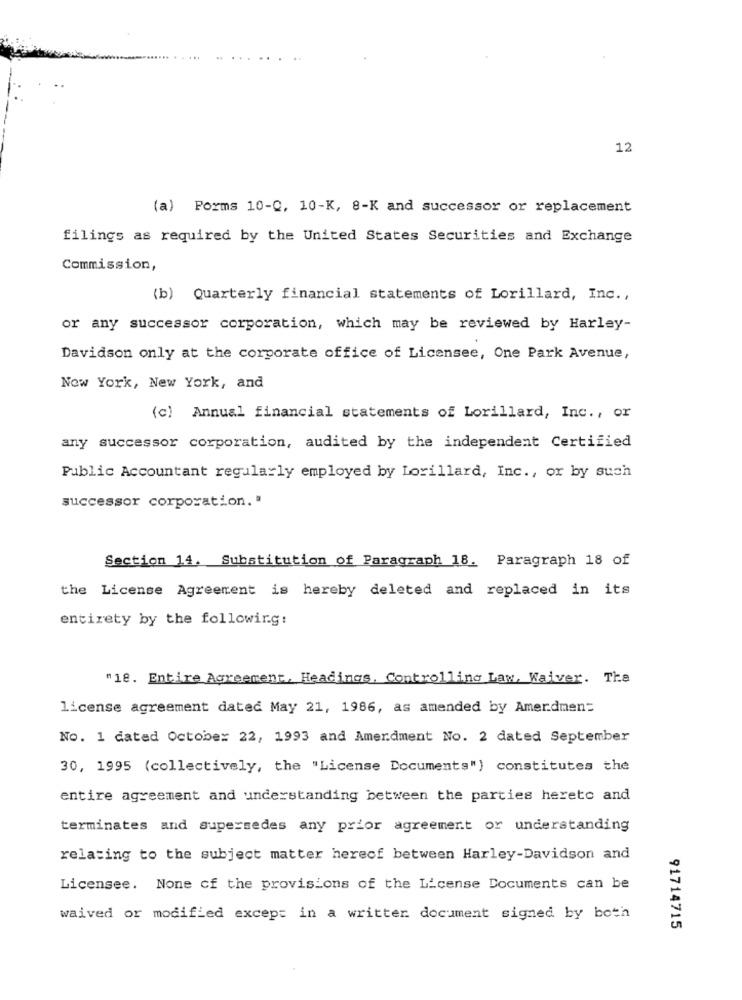
12
(a) Forms 10-0, 10-K, 8-K and successor or replacement
filings as required by the United States Securities and Exchange
Commission,
(b) Quarterly financial statements of Lorillard, Inc .,
or any successor corporation, which may be reviewed by Harley-
Davidson only at the corporate office of Licensee, One Park Avenue,
New York, New York, and
(c) Annual financial statements of Lorillard, Inc ., or
any successor corporation, audited by the independent Certified
Public Accountant regularly employed by Lorillard, Inc ., or by such
successor corporation. "
Section 14. Substitution of Paragraph 18. Paragraph 18 of
the License Agreement is hereby deleted and replaced in its
entirety by the following:
"18. Entire Agreement, Headings, Controlling Law, Waiver. The
license agreement dated May 21, 1986, as amended by Amendment
No. 1 dated October 22, 1993 and Amerdment No. 2 dated September
30, 1995 (collectively, the "License Documents") constitutes the
entire agreement and understanding between the parties hereto and
terminates and supersedes any prior agreement or understanding
relating to the subject matter hereof between Harley-Davidson and
Licensee. None of the provisions of the License Documents can be
waived or modified except in a written document signed by both
91714715